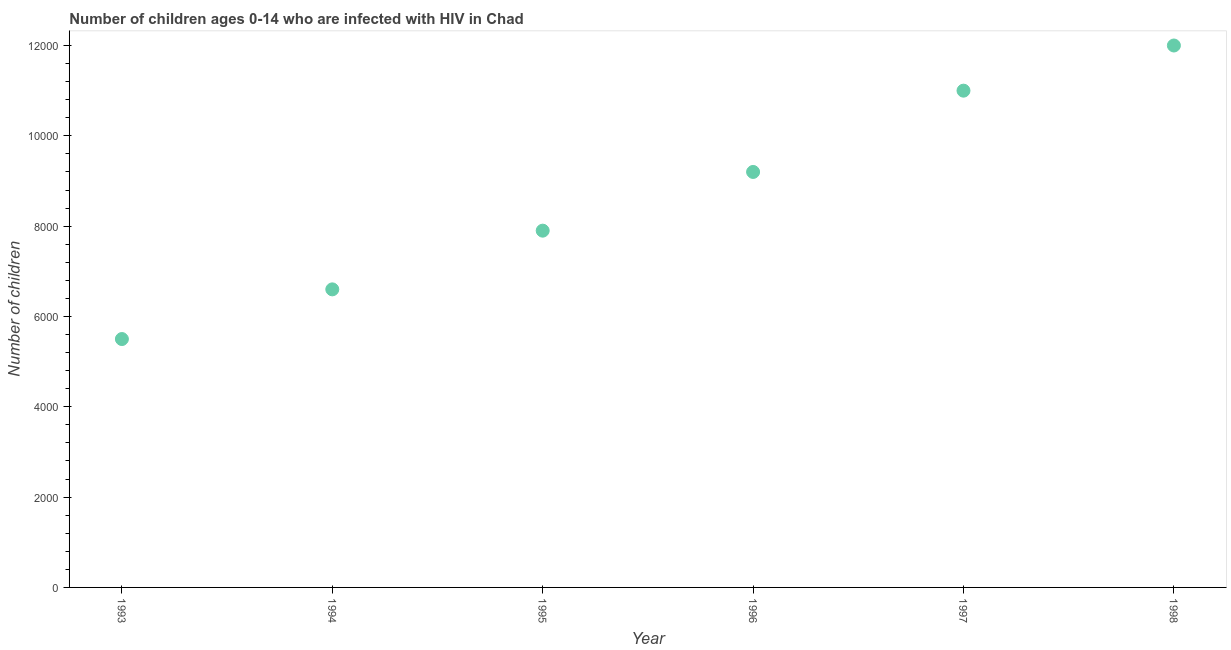
| Year | Children (0-14) living with HIV |
 | --- | --- |
 | 1993 | 5.5e+03 |
 | 1994 | 6.6e+03 |
 | 1995 | 7.9e+03 |
 | 1996 | 9.2e+03 |
 | 1997 | 1.1e+04 |
 | 1998 | 1.2e+04 |